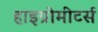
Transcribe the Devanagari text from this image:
हाइग्रोमीटर्स